Vaccine operations Central Provinces 1900-1911 - 1900-1911
Year: 1900
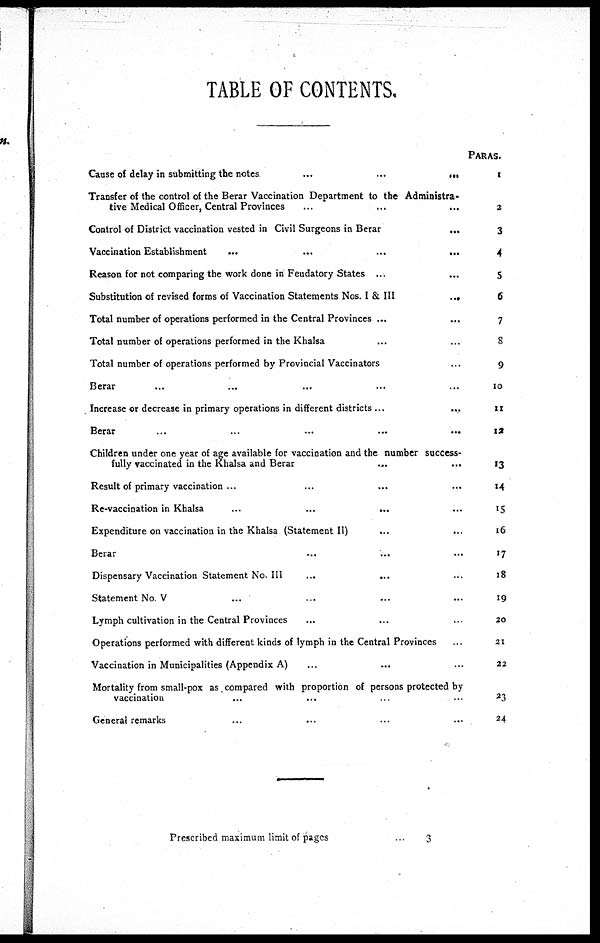
TABLE OF CONTENTS.
Cause of delay in submitting the notes
...
...
...
Transfer of the control of the Berar Vaccination Department to the Administra-
tive Medical Officer, Central Provinces ... ... ...
Control of District vaccination vested in Civil Surgeons in Berar
...
Vaccination Establishment
...
...
...
...
Reason for not comparing the work done in Feudatory States ... ...
Substitution of revised forms of Vaccination Statements Nos. I & III
...
Total number of operations performed in the Central Provinces ... ...
Total number of operations performed in the Khalsa ... ...
Total number of operations performed by Provincial Vaccinators ...
Berar ... ... ... ... ...
Increase or decrease in primary operations in different districts ...
...
Berar
...
...
...
...
...
Children under one year of age available for vaccination and the number success-
fully vaccinated in the Khalsa and Berar
...
...
Result of primary vaccination
...
...
...
...
Re-vaccination in Khalsa ... ... ... ...
Expenditure on vaccination in the Khalsa (Statement II) ... ...
Berar ... ... ...
Dispensary Vaccination Statement No.III
...
...
...
Statement No V ... ... ... ...
Lymph cultivation in the Central Provinces ... ... ...
Operations performed with different kinds of lymph in the Central Provinces ...
Vaccination in Municipalities (Appendix A) ... ... ...
Mortality from small-pox as compared with proportion of persons protected by
vaccination ... ... ... ...
General remarks ... ... ... ...
PARAS.
1
2
3
4
5
6
7
8
9
10
11
12
13
14
15
16
17
18
19
20
21
22
23
24
Prescribed maximum limit of pages ...
3